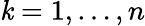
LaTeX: \mathit{k}=1,\dots,n